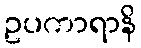
ဥပကာရာနိ